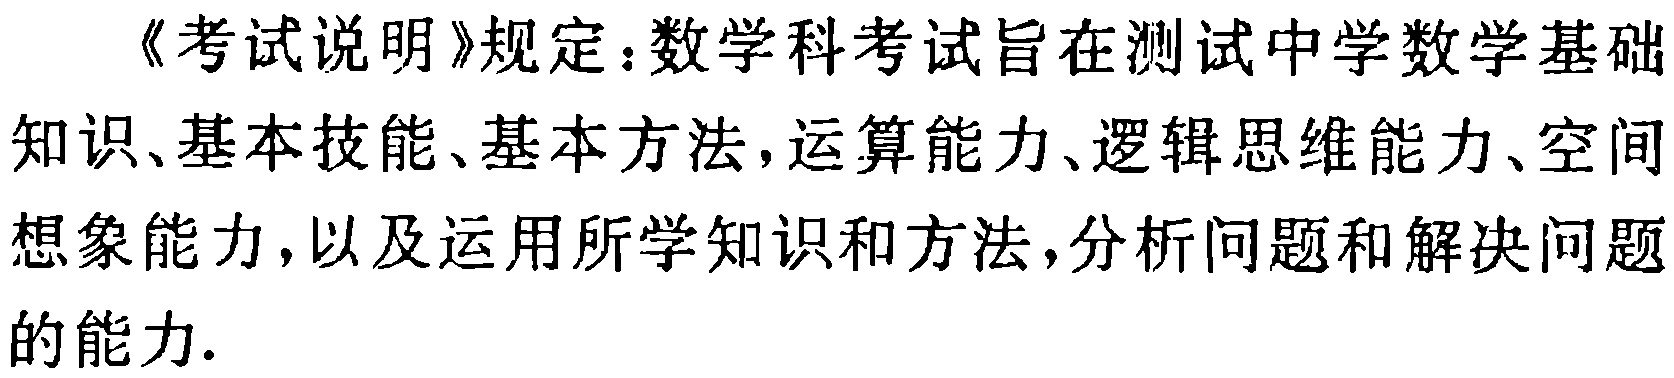
《考试说明》规定：数学科考试旨在测试中学数学基础知识、基本技能、基本方法，运算能力、逻辑思维能力、空间想象能力，以及运用所学知识和方法，分析问题和解决问题的能力.